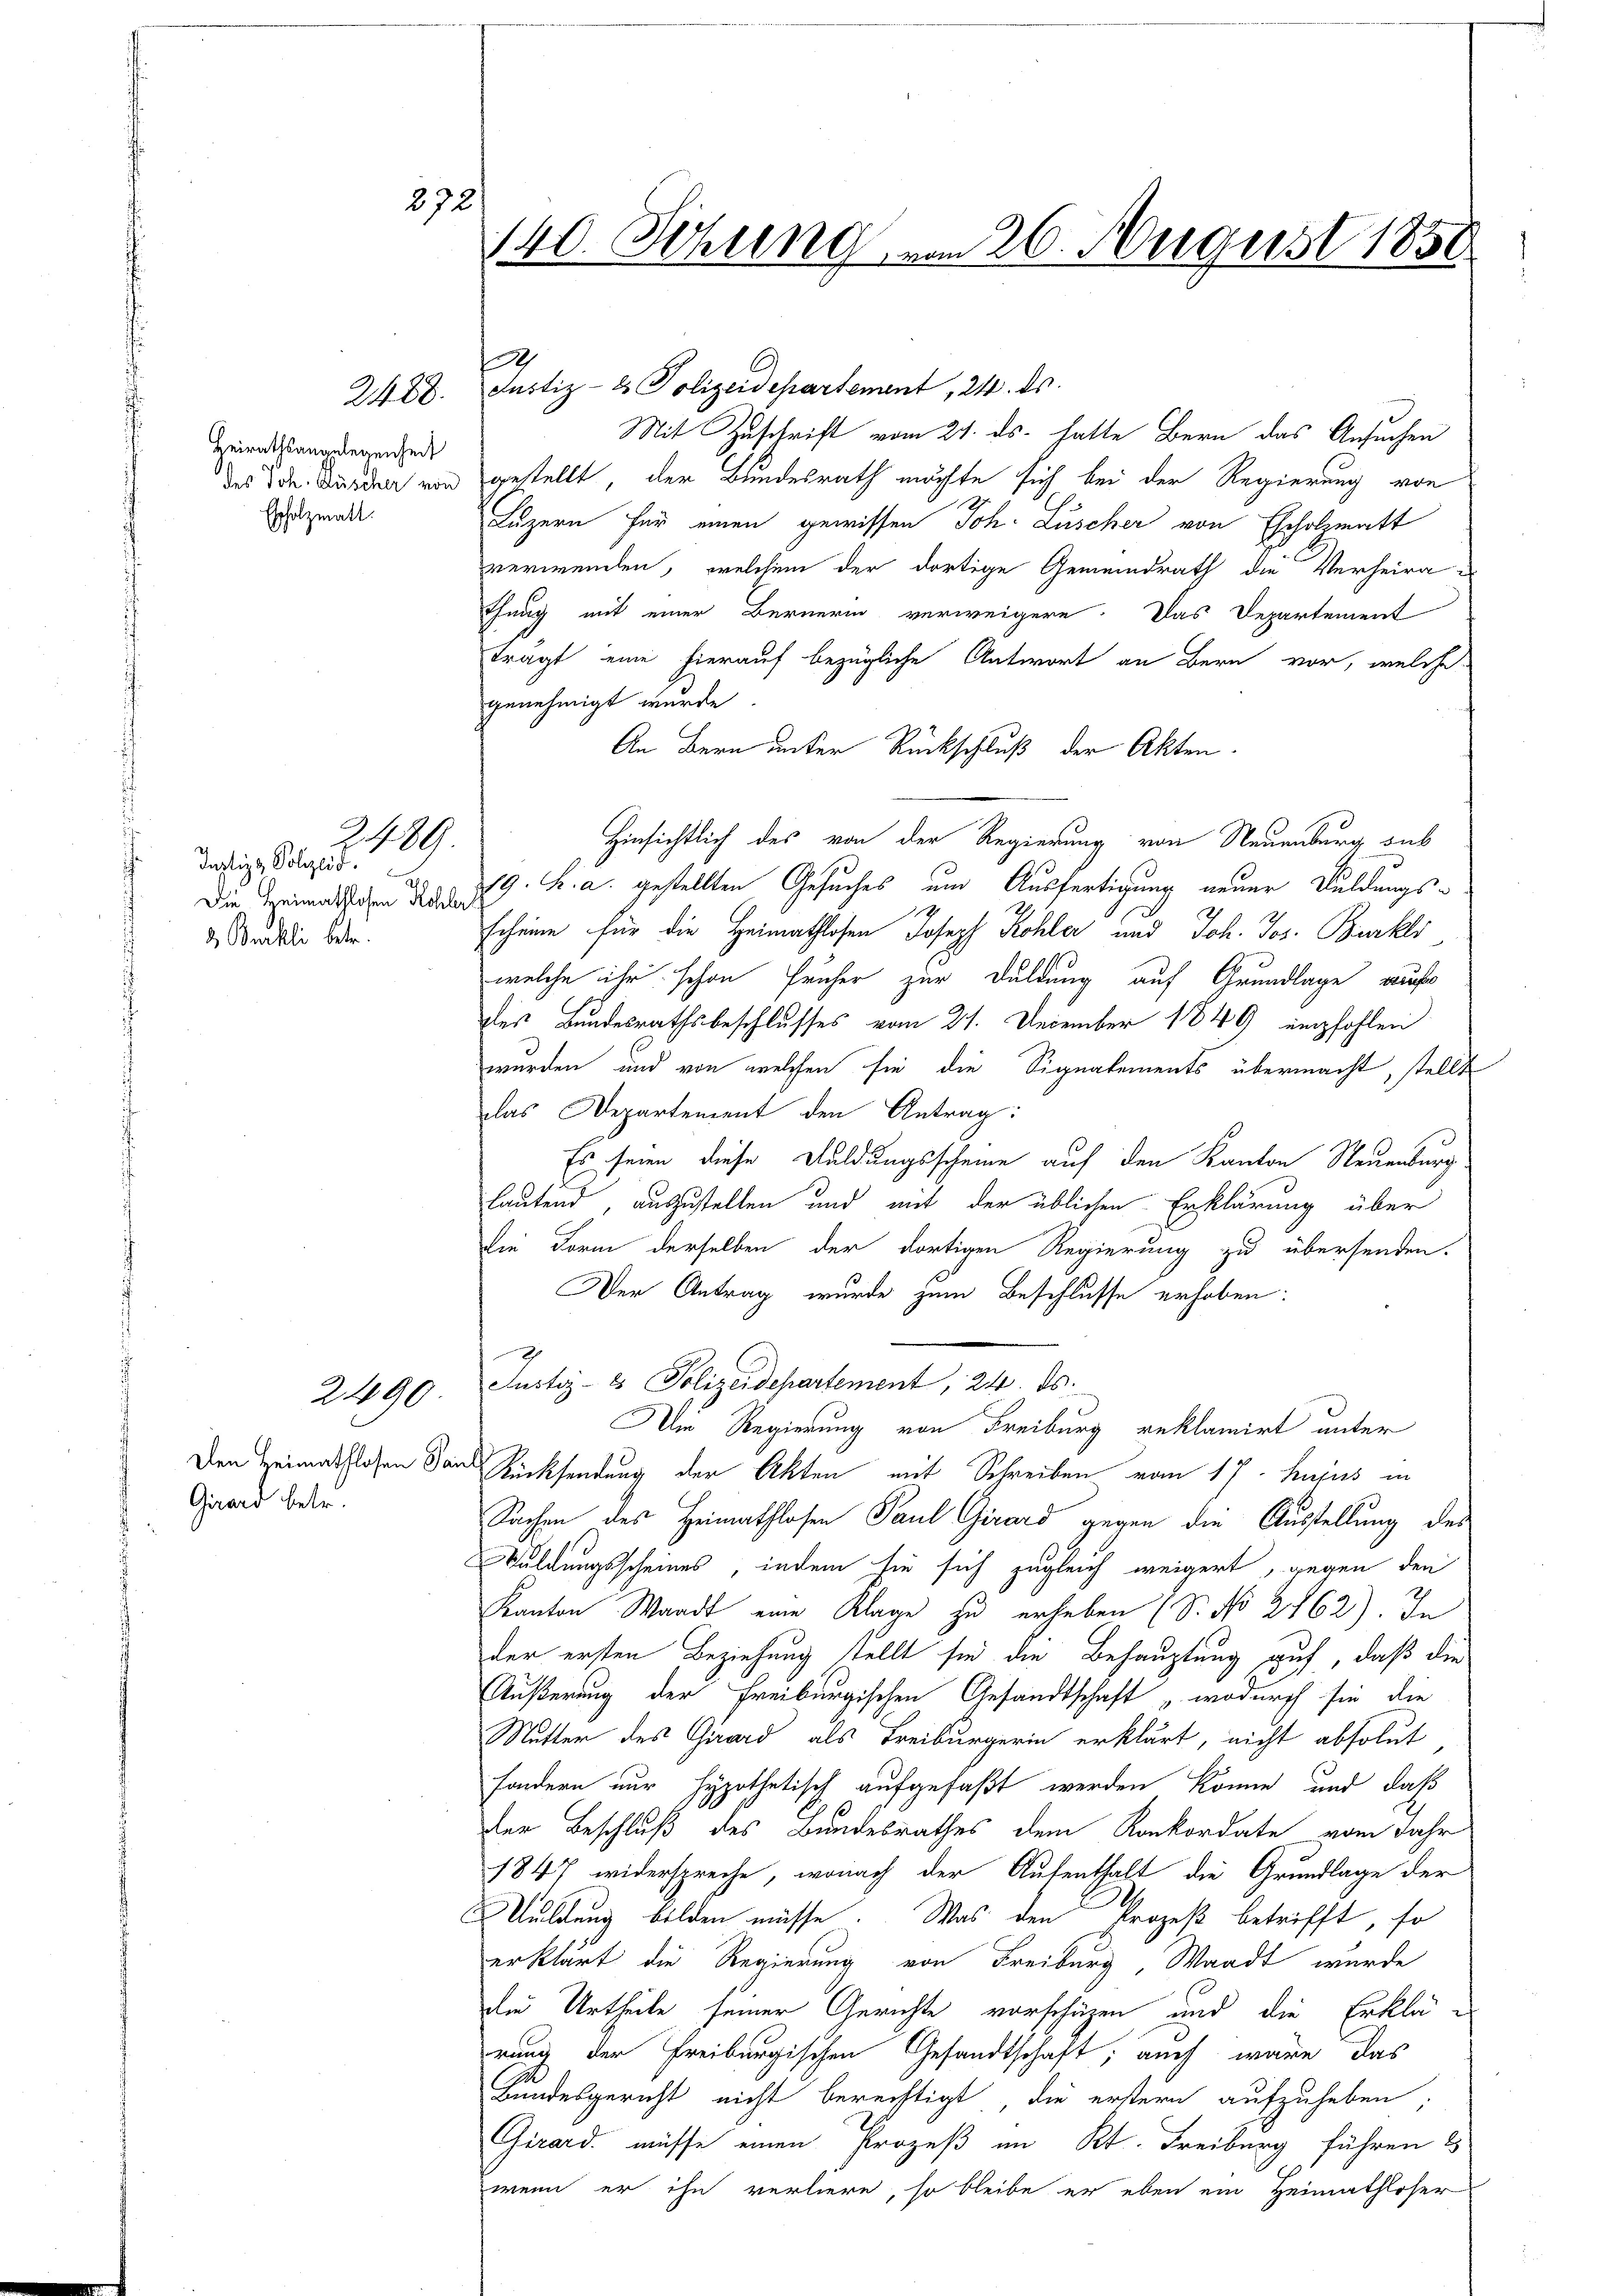
2428.

272.

Heirathsangelegenheit
des Joh. Müscher von
Erholzmatt.

Justiz & Polizeid
Die Heimathlosen Kohle
d Bürkli betr.

2489.

2490

Den Heimathlosen Sai
Girard betr.

140. Sitzung vom 26. August 1850

E

Justiz- & Polizeidepartement, 24. ds.
Mit Zuschrift vom 21. ds. hatte Bern das Ansuchen
gestellt, der Bundesrath möchte sich bei der Regierung von
Luzern für einen gewissen Joh. Lüscher von Escholzmatt
verwenden, welchem der dortige Gemeindrath die Verheirathung mit einer Bernerin verweigere. Das Departement
tragt, eine hierauf bezügliche Antwort an Bern vor, welche
genehmigt wurde.
An Bern unter Rückschluß der Akten.
Hinsichtlich des von der Regierung von Neuenburg sub
719. h. a. gestellten Gesuches und Ausfertigung neuer Duldungs-
scheine für die Heimathlosen Joseph Kohler und Joh. Jos. Burkli
welche ihr schon früher zur Duldung auf Grundlage auf
des Bundesrathsbeschlusses vom 21. December 1849 empfohlen
wurden, und von welchen sie die Signalements übermacht, stellt
das Departement den Antrag:
Es seien diese Duldungsscheine auf den Kanton Neuenburg.
lautend, auszustellen und mit der üblichen Erklärung über
Die Form derselben der dortigen Regierung zu übersenden.
Der Antrag wurde zum Beschlusse erhoben:
Justiz- & Polizeidepartement, 24. ds.
Am Regierung von Freiburg reklamirt unter
t
Rücksendung der Akten mit Schreiben vom 17. hujus in
Sachen des Heimathlosen Paul Girard gegen die Ausstellung des
Duldungsscheines, indem sie sich zugleich weigert, gegen den
Kanton Waadt eine Klage zu erheben (S. No 2762). In
der ersten Beziehung stellt sie die Behauptung auf, daß die
Äußerung der Freiburgischen Gesandtschaft „wodurch sie die
Nutter des Girard, als Freiburgerin erklärt, nicht absolut
sondern nur hypothetisch aufgefaßt werden könne und daß
der Beschluß des Bundesrathes dem Konkordate vom Jahr
1847 widerspreche, wonach der Aufenthalt die Grundlage der
Wuldung bilden müsse. Was den Prozeß betrifft, so
erklärt die Regierung von Freiburg, Waadt wurde
die Urtheile seiner Gerichte vorschäzen und die Erklädrung der Freiburgischen Gesandtschaft; auch wäre das
Bundesgericht nicht berechtigt, die erstern aufzuheben.
Girard, müsse einen Prozeß im Kt. Freiburg führen &
wenn er ihn verliere, so bleibe er eben ein Heimathloser